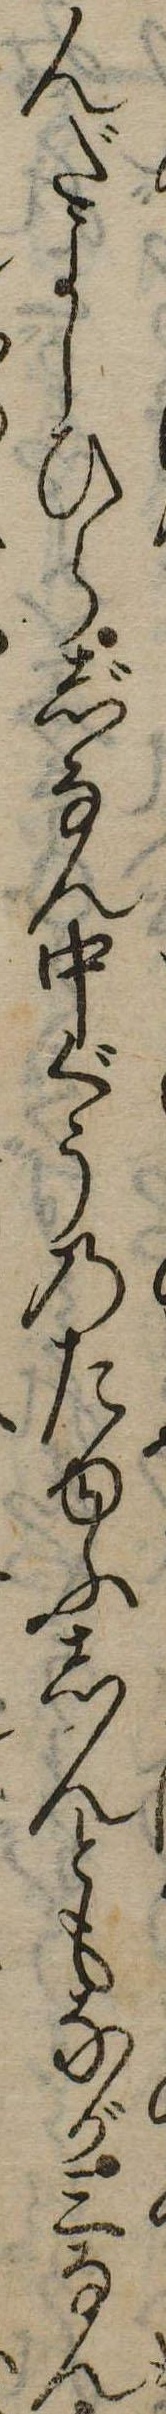
んだよしひらじなん中ぐうのたゆふしんともなが三なん